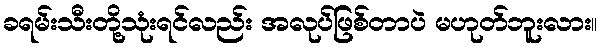
ခရမ်းသီးတို့သုံးရင်လည်း အလုပ်ဖြစ်တာပဲ မဟုတ်ဘူးလား။